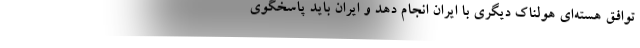
توافق هسته‌ای هولناک دیگری با ایران انجام دهد و ایران باید پاسخگوی